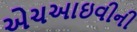
એચઆઇવીની